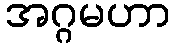
အဂ္ဂမဟာ